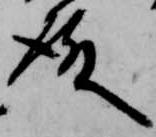
殿